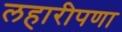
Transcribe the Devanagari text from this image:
लहारीपणा